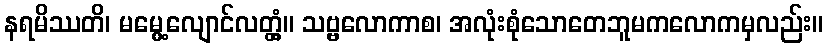
နရမိဿတိ၊ မမွေ့လျောင်လတ္တံ့။ သဗ္ဗလောကာစ၊ အလုံးစုံသောတေဘူမကလောကမှလည်း။